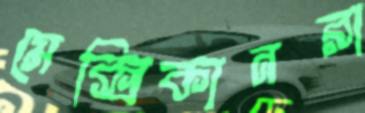
মেক্সিকানরা